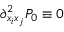
\partial _ { x _ { i } x _ { j } } ^ { 2 } P _ { 0 } \equiv 0